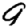
Digit: 9